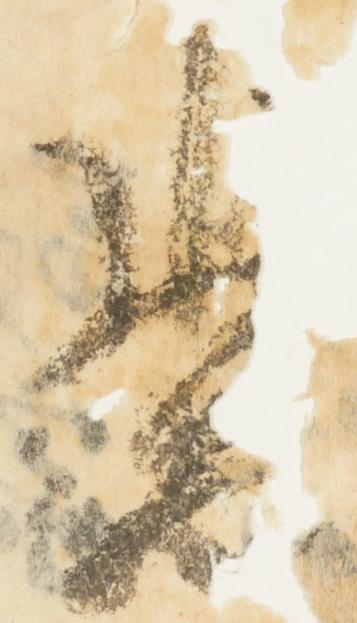
紫